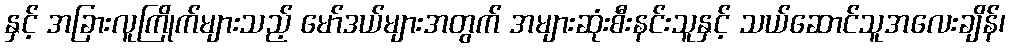
နှင့် အခြားလူကြိုက်များသည့် မော်ဒယ်များအတွက် အများဆုံးစီးနင်းသူနှင့် သယ်ဆောင်သူအလေးချိန်၊